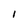
Character: I